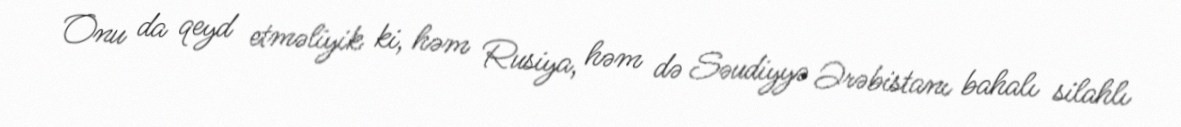
Onu da qeyd etməliyik ki, həm Rusiya, həm də Səudiyyə Ərəbistanı bahalı silahlı